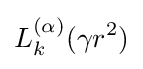
L_{k}^{(\alpha )}(\gamma r^{2})